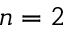
n = 2